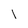
Character: l